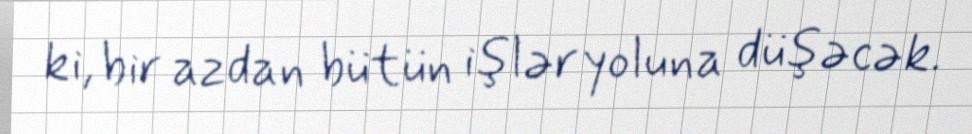
ki, bir azdan bütün işlər yoluna düşəcək.